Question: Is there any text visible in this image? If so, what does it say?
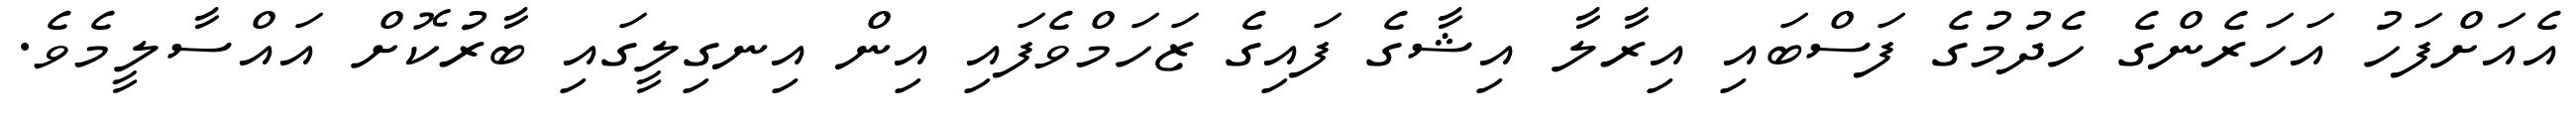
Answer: އެއަށްފަހު އަހަރެންގެ ހެދުމުގެ ފަސްބައި އިރާލާ އިޝާގެ ފައިގެ ޒަހަމްވެފައި އިން އިނގިލީގައި ބާރުކޮށް އައްސާލީމެވެ.